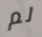
لم